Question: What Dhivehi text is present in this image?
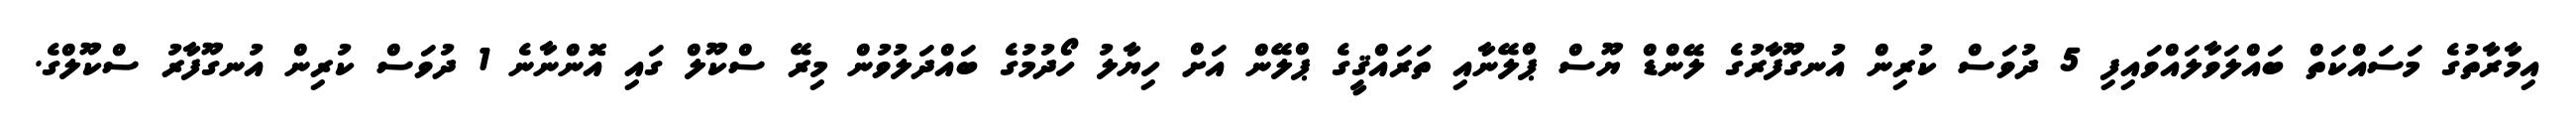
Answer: އިމާރާތުގެ މަސައްކަތް ބައްލަވާލައްވައިފި 5 ދުވަސް ކުރިން އުނގޫފާރުގެ ލޭންޑް ޔޫސް ޕްލޭނާއި ތަރައްޤީގެ ޕްލޭން އަށް ހިޔާލު ހޯދުމުގެ ބައްދަލުވުން މިރޭ ސްކޫލް ގައި އޮންނާނެ 1 ދުވަސް ކުރިން އުނގޫފާރު ސްކޫލްގެ.